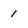
Character: 1